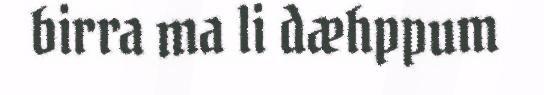
birra ma li dæhppum